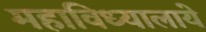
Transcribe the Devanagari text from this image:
महाविध्यालाये